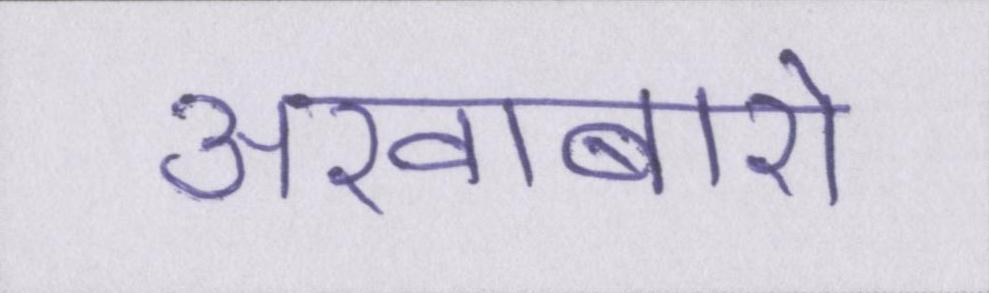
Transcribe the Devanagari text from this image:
अखाबारो